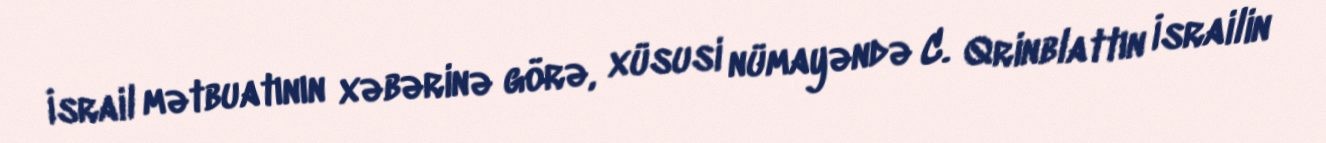
İsrail mətbuatının xəbərinə görə, xüsusi nümayəndə C. Qrinblattın İsrailin